Civil Veterinary Department. United Provinces 1932-42 - 1932-1942
Year: 1932
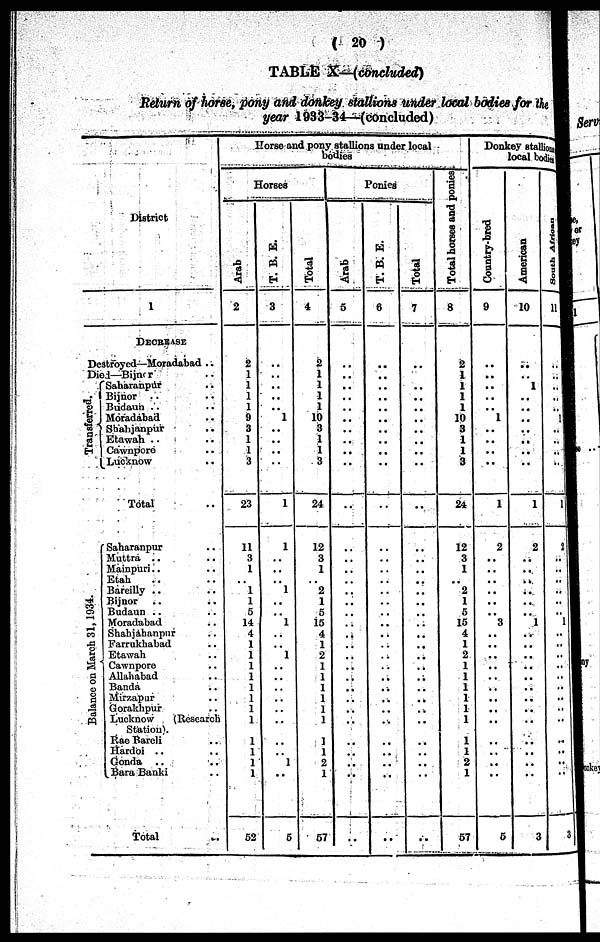
( 20 )
TABLE X—(concluded)
Return of horse, pony and donkey stallions under local bodies for the
year 1933-34—(concluded)
District
1
DECREASE
Destroyed—Moradabad ..
Died—Bijnor ..
Transferred.
Balance on March 31, 1934.
Saharanpur ..
Bijnor .. ..
Budaun .. ..
Moradabad ..
Shahjanpur ..
Etawah
Cawnpore ..
Lucknow ..
Total
Saharanpnr ..
Muttra .. ..
Mainpnri .. ..
Etah .. ..
Bareilly .. ..
Bijnor .. ..
Budaun .. ..
Moradabad ..
Shahjahanpur ..
Farrukhabad ..
Etawah
Cawnpore ..
Allahabad
Banda ..
Mirzapur ..
Gorakhpur ..
Lucknow
(Research
Station).
Rae Bareli ..
Hardoi .. ..
Gonda .. ..
Bara Banki ..
Total
Horse and pony stallions under local
Horses
Arab
2
2
1
1
1
1
9
3
1
1
3
23
11
3
1
..
1
1
5
14
4
1
1
1
1
1
1
1
1
1
1
1
1
52
T. B. E.
3
..
..
..
..
.. 1
..
..
..
..
1
1
..
..
..
1
..
..
1
..
..
1
..
..
..
..
..
..
..
..
1
..
5
Total
4
2
1
1
1
1
10
3
1
1
3
24
12
3
1
2
1
5
15
4
1
2
1
1
1
1
1
1
1
1
2
1
57
Ponies
Arab
5
..
..
..
..
..
..
..
..
..
..
..
..
..
..
..
..
..
..
..
..
..
..
..
..
..
..
..
..
..
..
..
..
T. B. E.
6
..
..
..
..
..
..
..
..
..
..
..
..
..
..
..
..
..
..
..
..
..
..
..
..
..
..
..
..
..
..
..
..
..
Total
7
..
..
..
..
..
..
..
..
..
..
..
..
..
..
..
..
..
..
..
..
..
..
..
..
..
..
..
..
.. ..
..
..
..
..
Total horses and ponies
8
2
1
1
1
1
10
3
1
1
3
24
12
3
1
2
1
5
15
4
1
2
1
1
1
1
1
1
1
1
2
1
57
Donkey stallions
local bodies
Country-bred
9
..
..
..
..
.. 1
..
..
..
..
1
9
..
..
..
..
..
..
3
..
..
..
..
..
..
..
..
..
..
..
..
..
5
American
10
..
..
1
..
..
..
..
..
..
..
1
2
..
..
..
..
..
..
1
..
..
..
..
..
..
..
..
..
..
..
..
..
3
South African
11
..
..
..
..
..
..
..
..
..
..
1
it
..
..
..
..
..
..
1
..
..
..
..
..
..
..
..
..
..
..
..
..
..
3